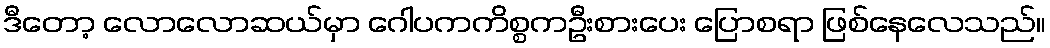
ဒီတော့ လောလောဆယ်မှာ ဂေါပကကိစ္စကဦးစားပေး ပြောစရာ ဖြစ်နေလေသည်။